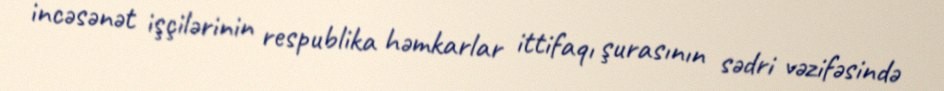
incəsənət işçilərinin respublika həmkarlar ittifaqı şurasının sədri vəzifəsində